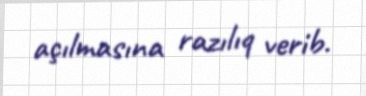
açılmasına razılıq verib.